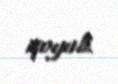
qoyub.